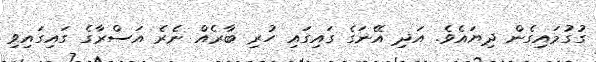
ގުގުމައިގެން ދިޔައެވެ. އަދި އޭނަގެ ގައިގައި ހުރި ބާރެއް ނެރެ އަސްރާގެ ގައިގައިވި